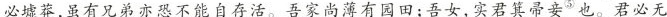
必墟莽，虽有兄弟亦恐不能自存活。吾家尚薄有园田；吾女，实君箕帚妾^{⑤}也。君必无